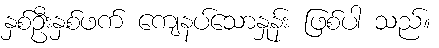
နှစ်ဦးနှစ်ဖက် ကျေနပ်သောနှုန်း ဖြစ်ပါ သည်။